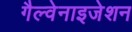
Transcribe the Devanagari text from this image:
गैल्वेनाइजेशन